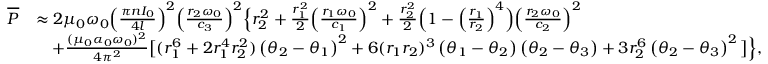
\begin{array} { r l } { \overline { { P } } } & { \approx 2 \mu _ { 0 } \omega _ { 0 } \Big ( \frac { \pi n I _ { 0 } } { 4 l } \Big ) ^ { 2 } \Big ( \frac { r _ { 2 } \omega _ { 0 } } { c _ { 3 } } \Big ) ^ { 2 } \Big \{ r _ { 2 } ^ { 2 } + \frac { r _ { 1 } ^ { 2 } } { 2 } \Big ( \frac { r _ { 1 } \omega _ { 0 } } { c _ { 1 } } \Big ) ^ { 2 } + \frac { r _ { 2 } ^ { 2 } } { 2 } \Big ( 1 - \Big ( \frac { r _ { 1 } } { r _ { 2 } } \Big ) ^ { 4 } \Big ) \Big ( \frac { r _ { 2 } \omega _ { 0 } } { c _ { 2 } } \Big ) ^ { 2 } } \\ & { \quad + \frac { ( \mu _ { 0 } \alpha _ { 0 } \omega _ { 0 } ) ^ { 2 } } { 4 \pi ^ { 2 } } \big [ ( r _ { 1 } ^ { 6 } + 2 r _ { 1 } ^ { 4 } r _ { 2 } ^ { 2 } ) \left( \theta _ { 2 } - \theta _ { 1 } \right) ^ { 2 } + 6 ( r _ { 1 } r _ { 2 } ) ^ { 3 } \left( \theta _ { 1 } - \theta _ { 2 } \right) \left( \theta _ { 2 } - \theta _ { 3 } \right) + 3 r _ { 2 } ^ { 6 } \left( \theta _ { 2 } - \theta _ { 3 } \right) ^ { 2 } \big ] \Big \} , } \end{array}